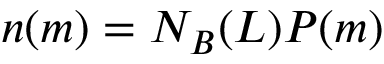
n ( m ) = N _ { B } ( L ) P ( m )